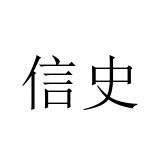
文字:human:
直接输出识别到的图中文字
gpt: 信史